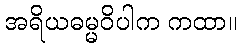
အရိယဓမ္မဝိပါက ကထာ။